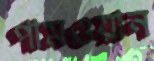
পামওয়ান